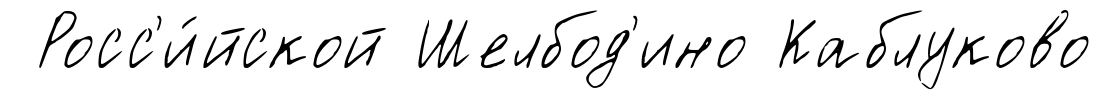
Росс'и́йской Шелбод'ино Каблуково